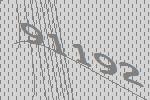
91192